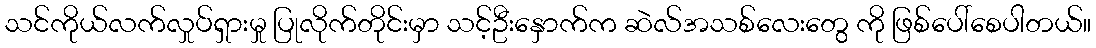
သင်ကိုယ်လက်လှုပ်ရှားမှု ပြုလိုက်တိုင်းမှာ သင့်ဦးနှောက်က ဆဲလ်အသစ်လေးတွေ ကို ဖြစ်ပေါ်စေပါတယ်။